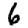
Digit: 6